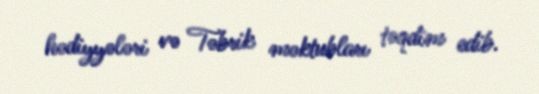
hədiyyələri və Təbrik məktubları təqdim edib.